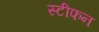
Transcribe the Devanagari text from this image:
स्‍टीफन